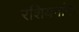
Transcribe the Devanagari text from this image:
रशियनांना